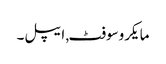
مایکروسوفٹ, ایپل۔